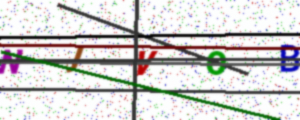
Text: NJVOB